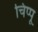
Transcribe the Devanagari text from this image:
चिंप्पू